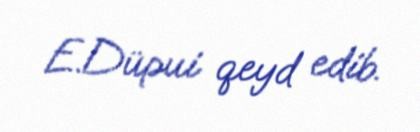
E.Düpui qeyd edib.